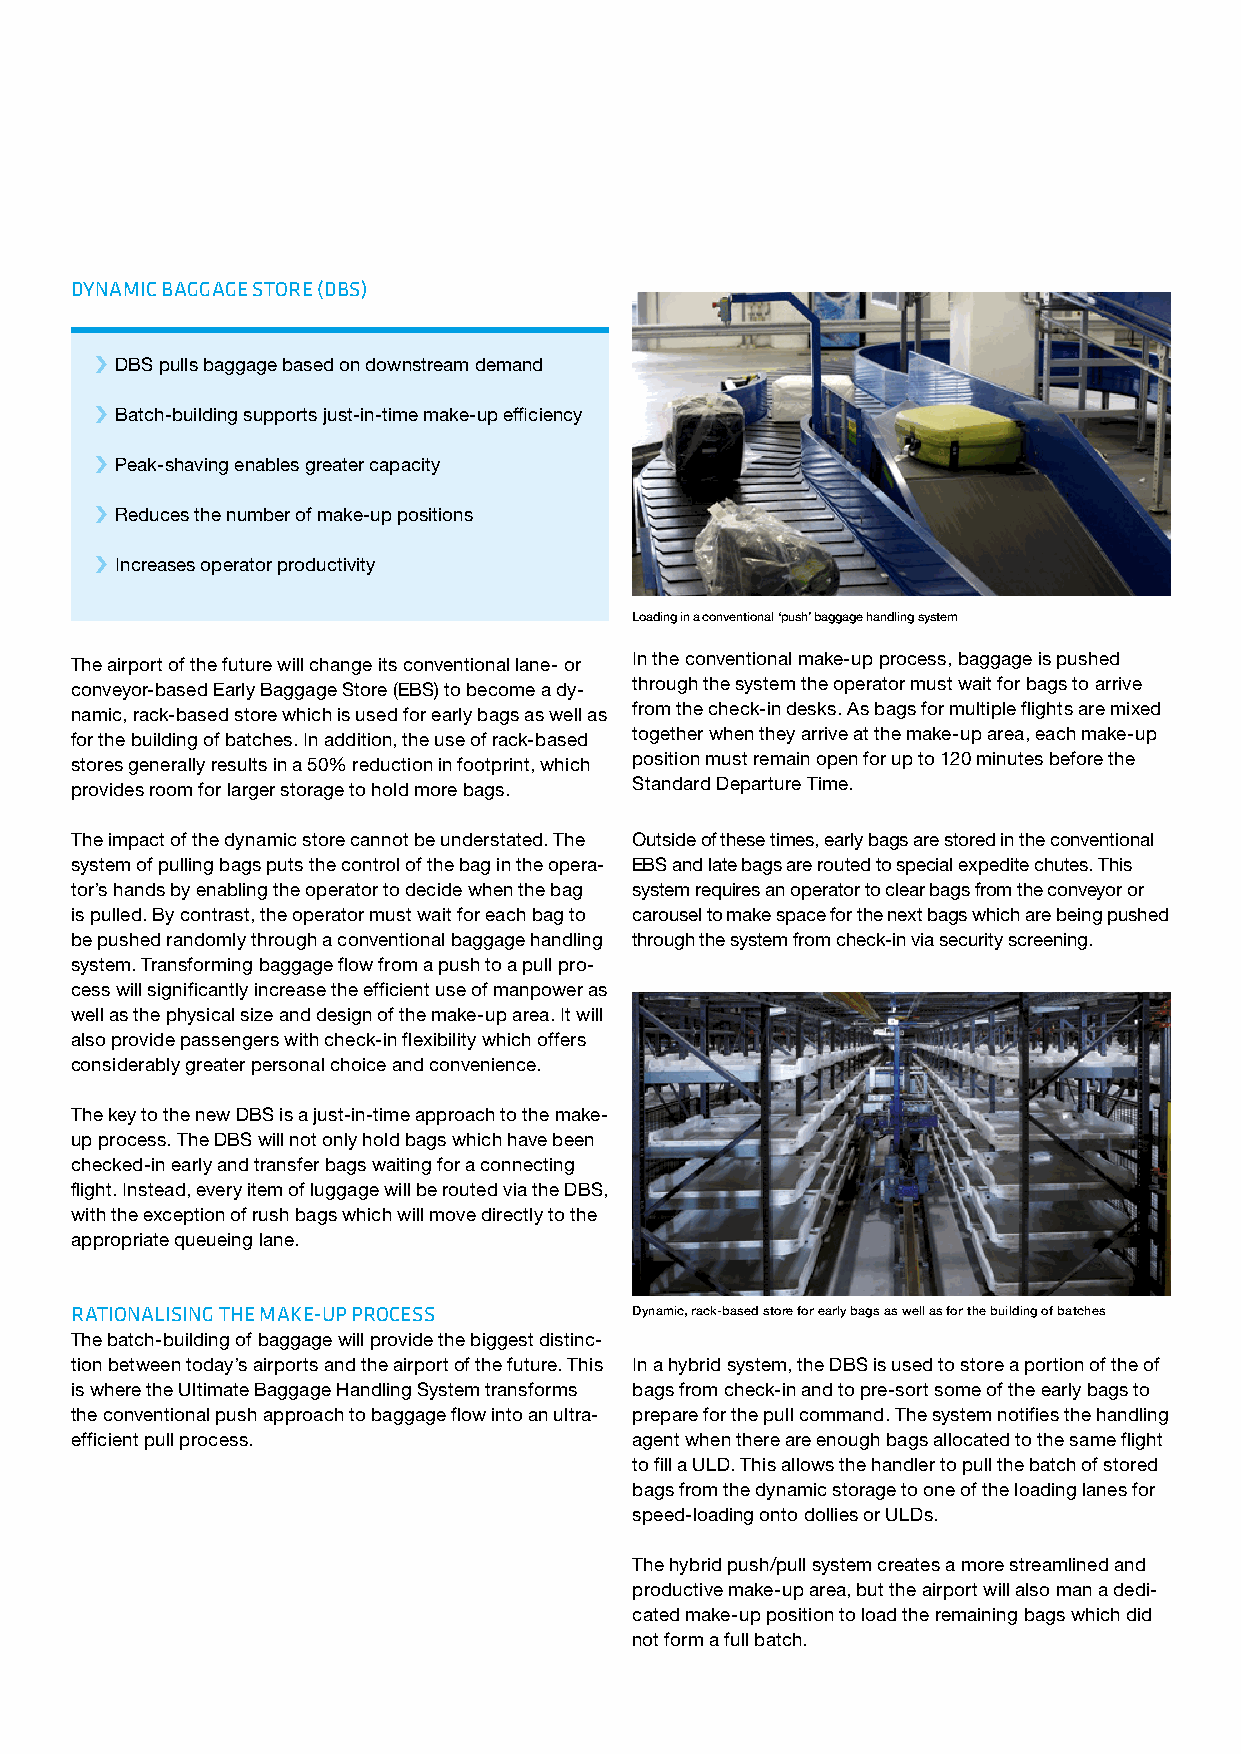
DYNAMIC BAGGAGE STORE (DBS)
 ››DBS pulls baggage based on downstream demand
 ››Batch-building supports just-in-time make-up efficiency
 ››Peak-shaving enables greater capacity
 ››Reduces the number of make-up positions
 ››Increases operator productivity
 Loading in a conventional ‘push’ baggage handling system
 The airport of the future will change its conventional lane- or In the conventional make-up process, baggage is pushed
 conveyor-based Early Baggage Store (EBS) to become a dy- through the system the operator must wait for bags to arrive
 namic, rack-based store which is used for early bags as well as from the check-in desks. As bags for multiple flights are mixed
 for the building of batches. In addition, the use of rack-based together when they arrive at the make-up area, each make-up
 stores generally results in a 50% reduction in footprint, which position must remain open for up to 120 minutes before the
 provides room for larger storage to hold more bags. Standard Departure Time.
 The impact of the dynamic store cannot be understated. The Outside of these times, early bags are stored in the conventional
 system of pulling bags puts the control of the bag in the opera- EBS and late bags are routed to special expedite chutes. This
 tor’s hands by enabling the operator to decide when the bag system requires an operator to clear bags from the conveyor or
 is pulled. By contrast, the operator must wait for each bag to carousel to make space for the next bags which are being pushed
 be pushed randomly through a conventional baggage handling through the system from check-in via security screening.
 system. Transforming baggage flow from a push to a pull pro-
 cess will significantly increase the efficient use of manpower as
 well as the physical size and design of the make-up area. It will
 also provide passengers with check-in flexibility which offers
 considerably greater personal choice and convenience.
 The key to the new DBS is a just-in-time approach to the make-
 up process. The DBS will not only hold bags which have been
 checked-in early and transfer bags waiting for a connecting
 flight. Instead, every item of luggage will be routed via the DBS,
 with the exception of rush bags which will move directly to the
 appropriate queueing lane.
 RATIONALISING THE MAKE-UP PROCESS    Dy namic, rack-based store for early bags as well as for the building of batches
 The batch-building of baggage will provide the biggest distinc-
 tion between today’s airports and the airport of the future. This In a hybrid system, the DBS is used to store a portion of the of
 is where the Ultimate Baggage Handling System transforms bags from check-in and to pre-sort some of the early bags to
 the conventional push approach to baggage flow into an ultra- prepare for the pull command. The system notifies the handling
 efficient pull process.              agent when there are enough bags allocated to the same flight
 to fill a ULD. This allows the handler to pull the batch of stored
 bags from the dynamic storage to one of the loading lanes for
 speed-loading onto dollies or ULDs.
 The hybrid push/pull system creates a more streamlined and
 productive make-up area, but the airport will also man a dedi-
 cated make-up position to load the remaining bags which did
 not form a full batch.